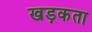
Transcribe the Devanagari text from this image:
खड़कता